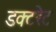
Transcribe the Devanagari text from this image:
डक्टरेट